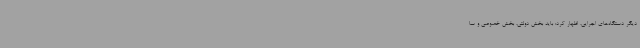
دیگر دستگاه‌های اجرایی، اظهار کرد: باید بخش دولتی، بخش خصوصی و سا